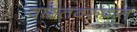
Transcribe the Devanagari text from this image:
वास्तवरूपात